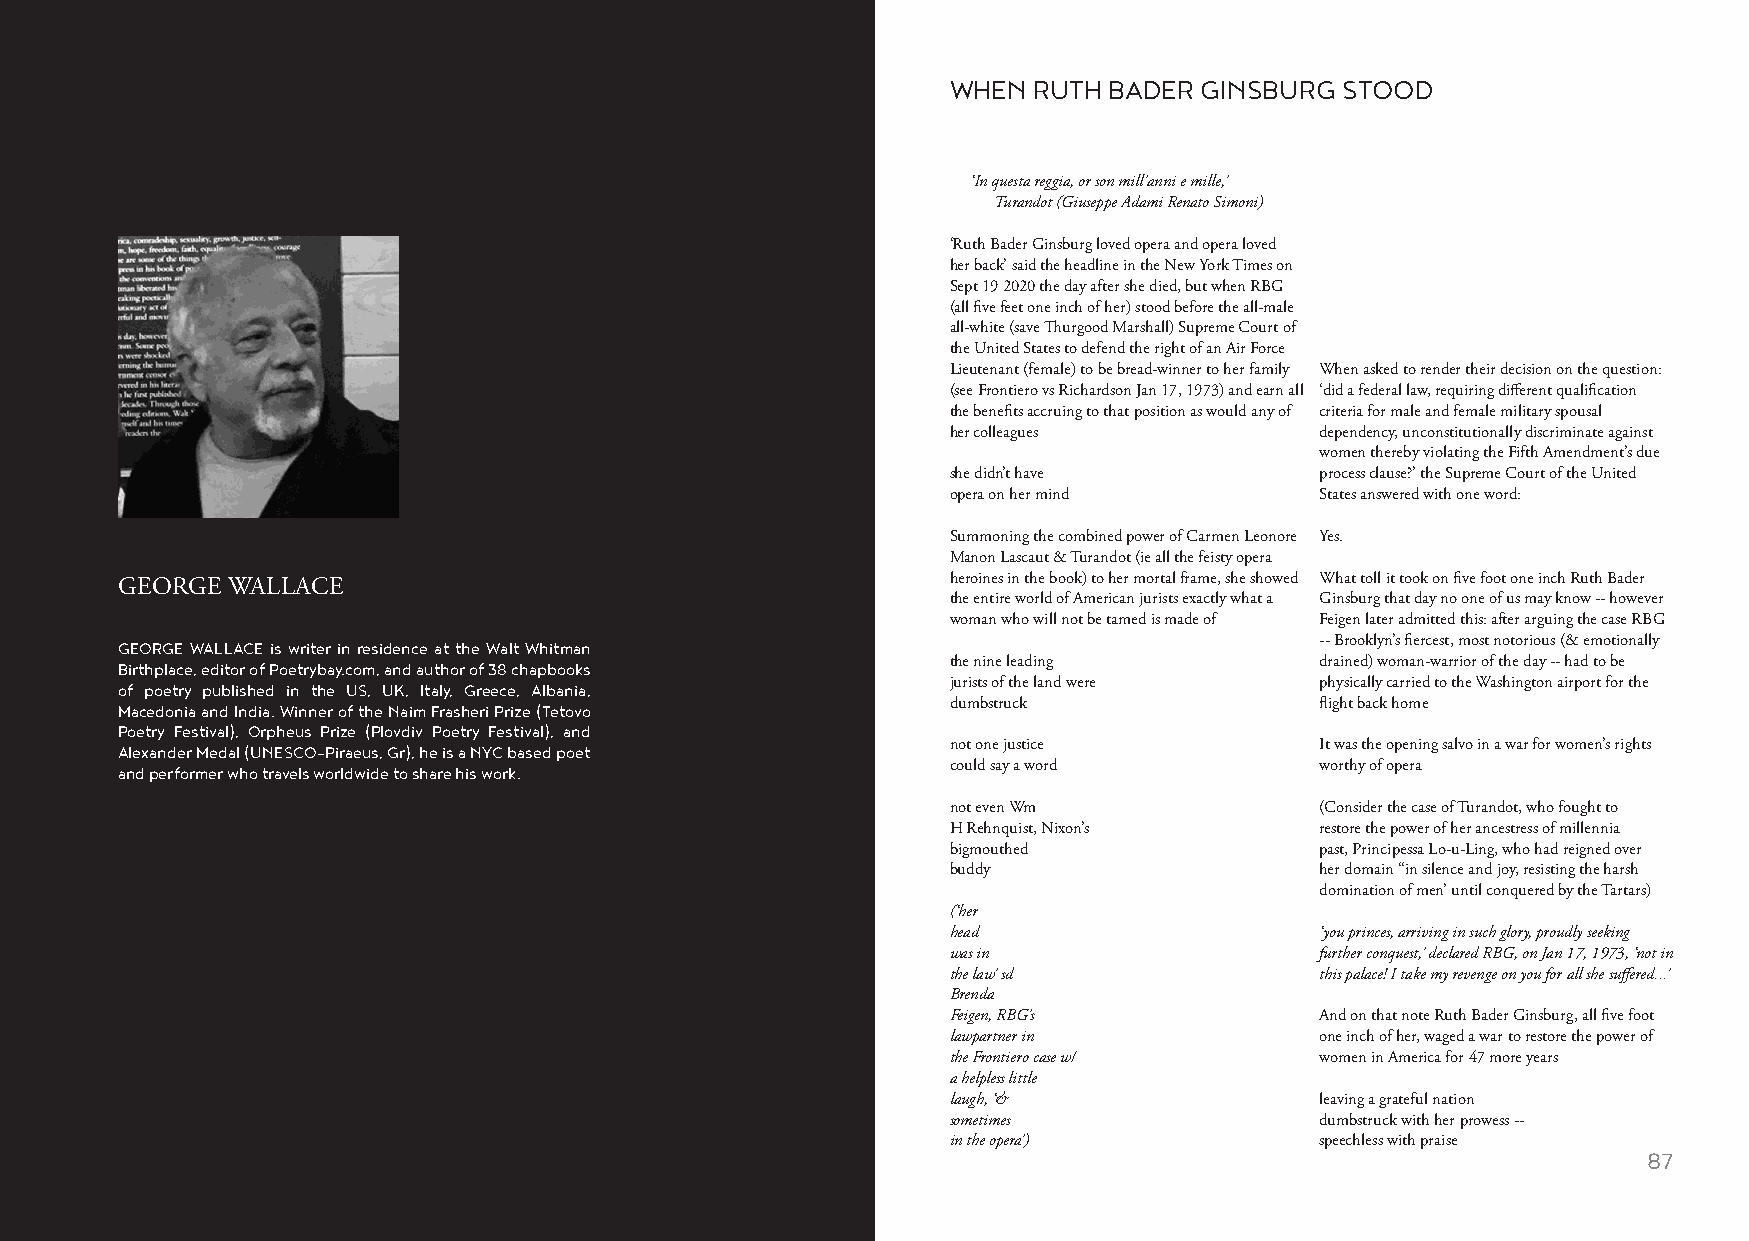
WHEN RUTH BADER GINSBURG  STOOD
 ‘In questa reggia, or son mill’anni e mille,’
 Turandot (Giuseppe Adami Renato Simoni)
 ‘Ruth Bader Ginsburg loved opera and opera loved
 her back’ said the headline in the New York Times on
 Sept 19 2020 the day after she died, but when RBG
 (all five feet one inch of her) stood before the all-male
 all-white (save Thurgood Marshall) Supreme Court of
 the United States to defend the right of an Air Force
 Lieutenant (female) to be bread-winner to her family When asked to render their decision on the question:
 (see Frontiero vs Richardson Jan 17, 1973) and earn all ‘did a federal law, requiring different qualification
 the benefits accruing to that position as would any of criteria for male and female military spousal
 her colleagues          dependency, unconstitutionally discriminate against
 women thereby violating the Fifth Amendment’s due
 she didn’t have         process clause?’ the Supreme Court of the United
 opera on her mind       States answered with one word:
 Summoning the combined power of Carmen Leonore Yes.
 Manon Lascaut & Turandot (ie all the feisty opera
 heroines in the book) to her mortal frame, she showed What toll it took on five foot one inch Ruth Bader
 GEORGE WALLACE
 the entire world of American jurists exactly what a Ginsburg that day no one of us may know -- however
 woman who will not be tamed is made of Feigen later admitted this: after arguing the case RBG
 GEORGE WALLACE is writer in residence at the Walt Whitman                      -- Brooklyn’s fiercest, most notorious (& emotionally
 Birthplace, editor of Poetrybay.com, and author of 38 chapbooks the nine leading drained) woman-warrior of the day -- had to be
 of poetry published in the US, UK, Italy, Greece, Albania, jurists of the land were physically carried to the Washington airport for the
 Macedonia and India. Winner of the Naim Frasheri Prize (Tetovo dumbstruck      flight back home
 Poetry Festival), Orpheus Prize (Plovdiv Poetry Festival), and
 Alexander Medal (UNESCO-Piraeus, Gr), he is a NYC based poet not one justice   It was the opening salvo in a war for women’s rights
 and performer who travels worldwide to share his work. could say a word        worthy of opera
 not even Wm             (Consider the case of Turandot, who fought to
 H Rehnquist, Nixon’s    restore the power of her ancestress of millennia
 bigmouthed              past, Principessa Lo-u-Ling, who had reigned over
 buddy                   her domain “in silence and joy, resisting the harsh
 domination of men’ until conquered by the Tartars)
 (‘her
 head                    ‘you princes, arriving in such glory, proudly seeking
 was in                  further conquest,’ declared RBG, on Jan 17, 1973, ‘not in
 the law’ sd             this palace! I take my revenge on you for all she suffered...’
 Brenda
 Feigen, RBG’s           And on that note Ruth Bader Ginsburg, all five foot
 lawpartner in           one inch of her, waged a war to restore the power of
 the Frontiero case w/   women in America for 47 more years
 a helpless little
 laugh, ‘&               leaving a grateful nation
 sometimes               dumbstruck with her prowess --
 in the opera’)          speechless with praise
 86                                                                                                      87